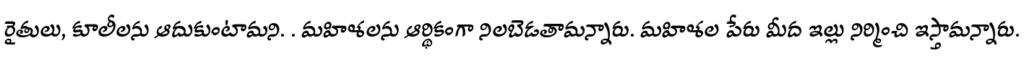
రైతులు, కూలీలను ఆదుకుంటామని. . మహిళలను ఆర్థికంగా నిలబెడతామన్నారు. మహిళల పేరు మీద ఇల్లు నిర్మించి ఇస్తామన్నారు.